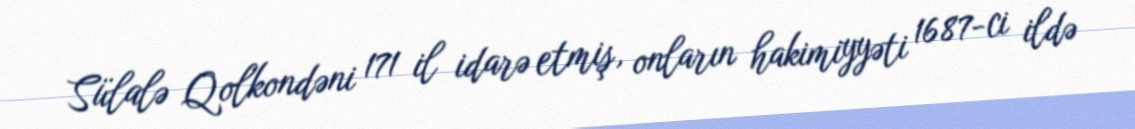
Sülalə Qolkondəni 171 il idarə etmiş, onların hakimiyyəti 1687-ci ildə